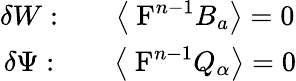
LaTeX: \begin{array}{ccc}{{\delta W:}}&{{}}&{{\left\langle\mathrm{{\mathbf~F}}^{n-1}B_{a}\right\rangle=0}}\\ {{\delta\Psi:}}&{{}}&{{\left\langle\mathrm{{\mathbf~F}}^{n-1}Q_{\alpha}\right\rangle=0}}\end{array}